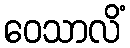
ဝေသာလိံ